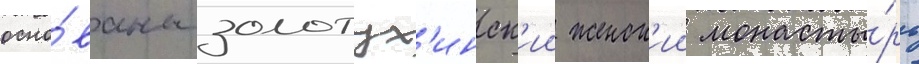
осно́ваны золотух'инск'ии женск'ии монасты́рь